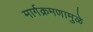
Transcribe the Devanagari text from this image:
मार्गक्रमणामुळे